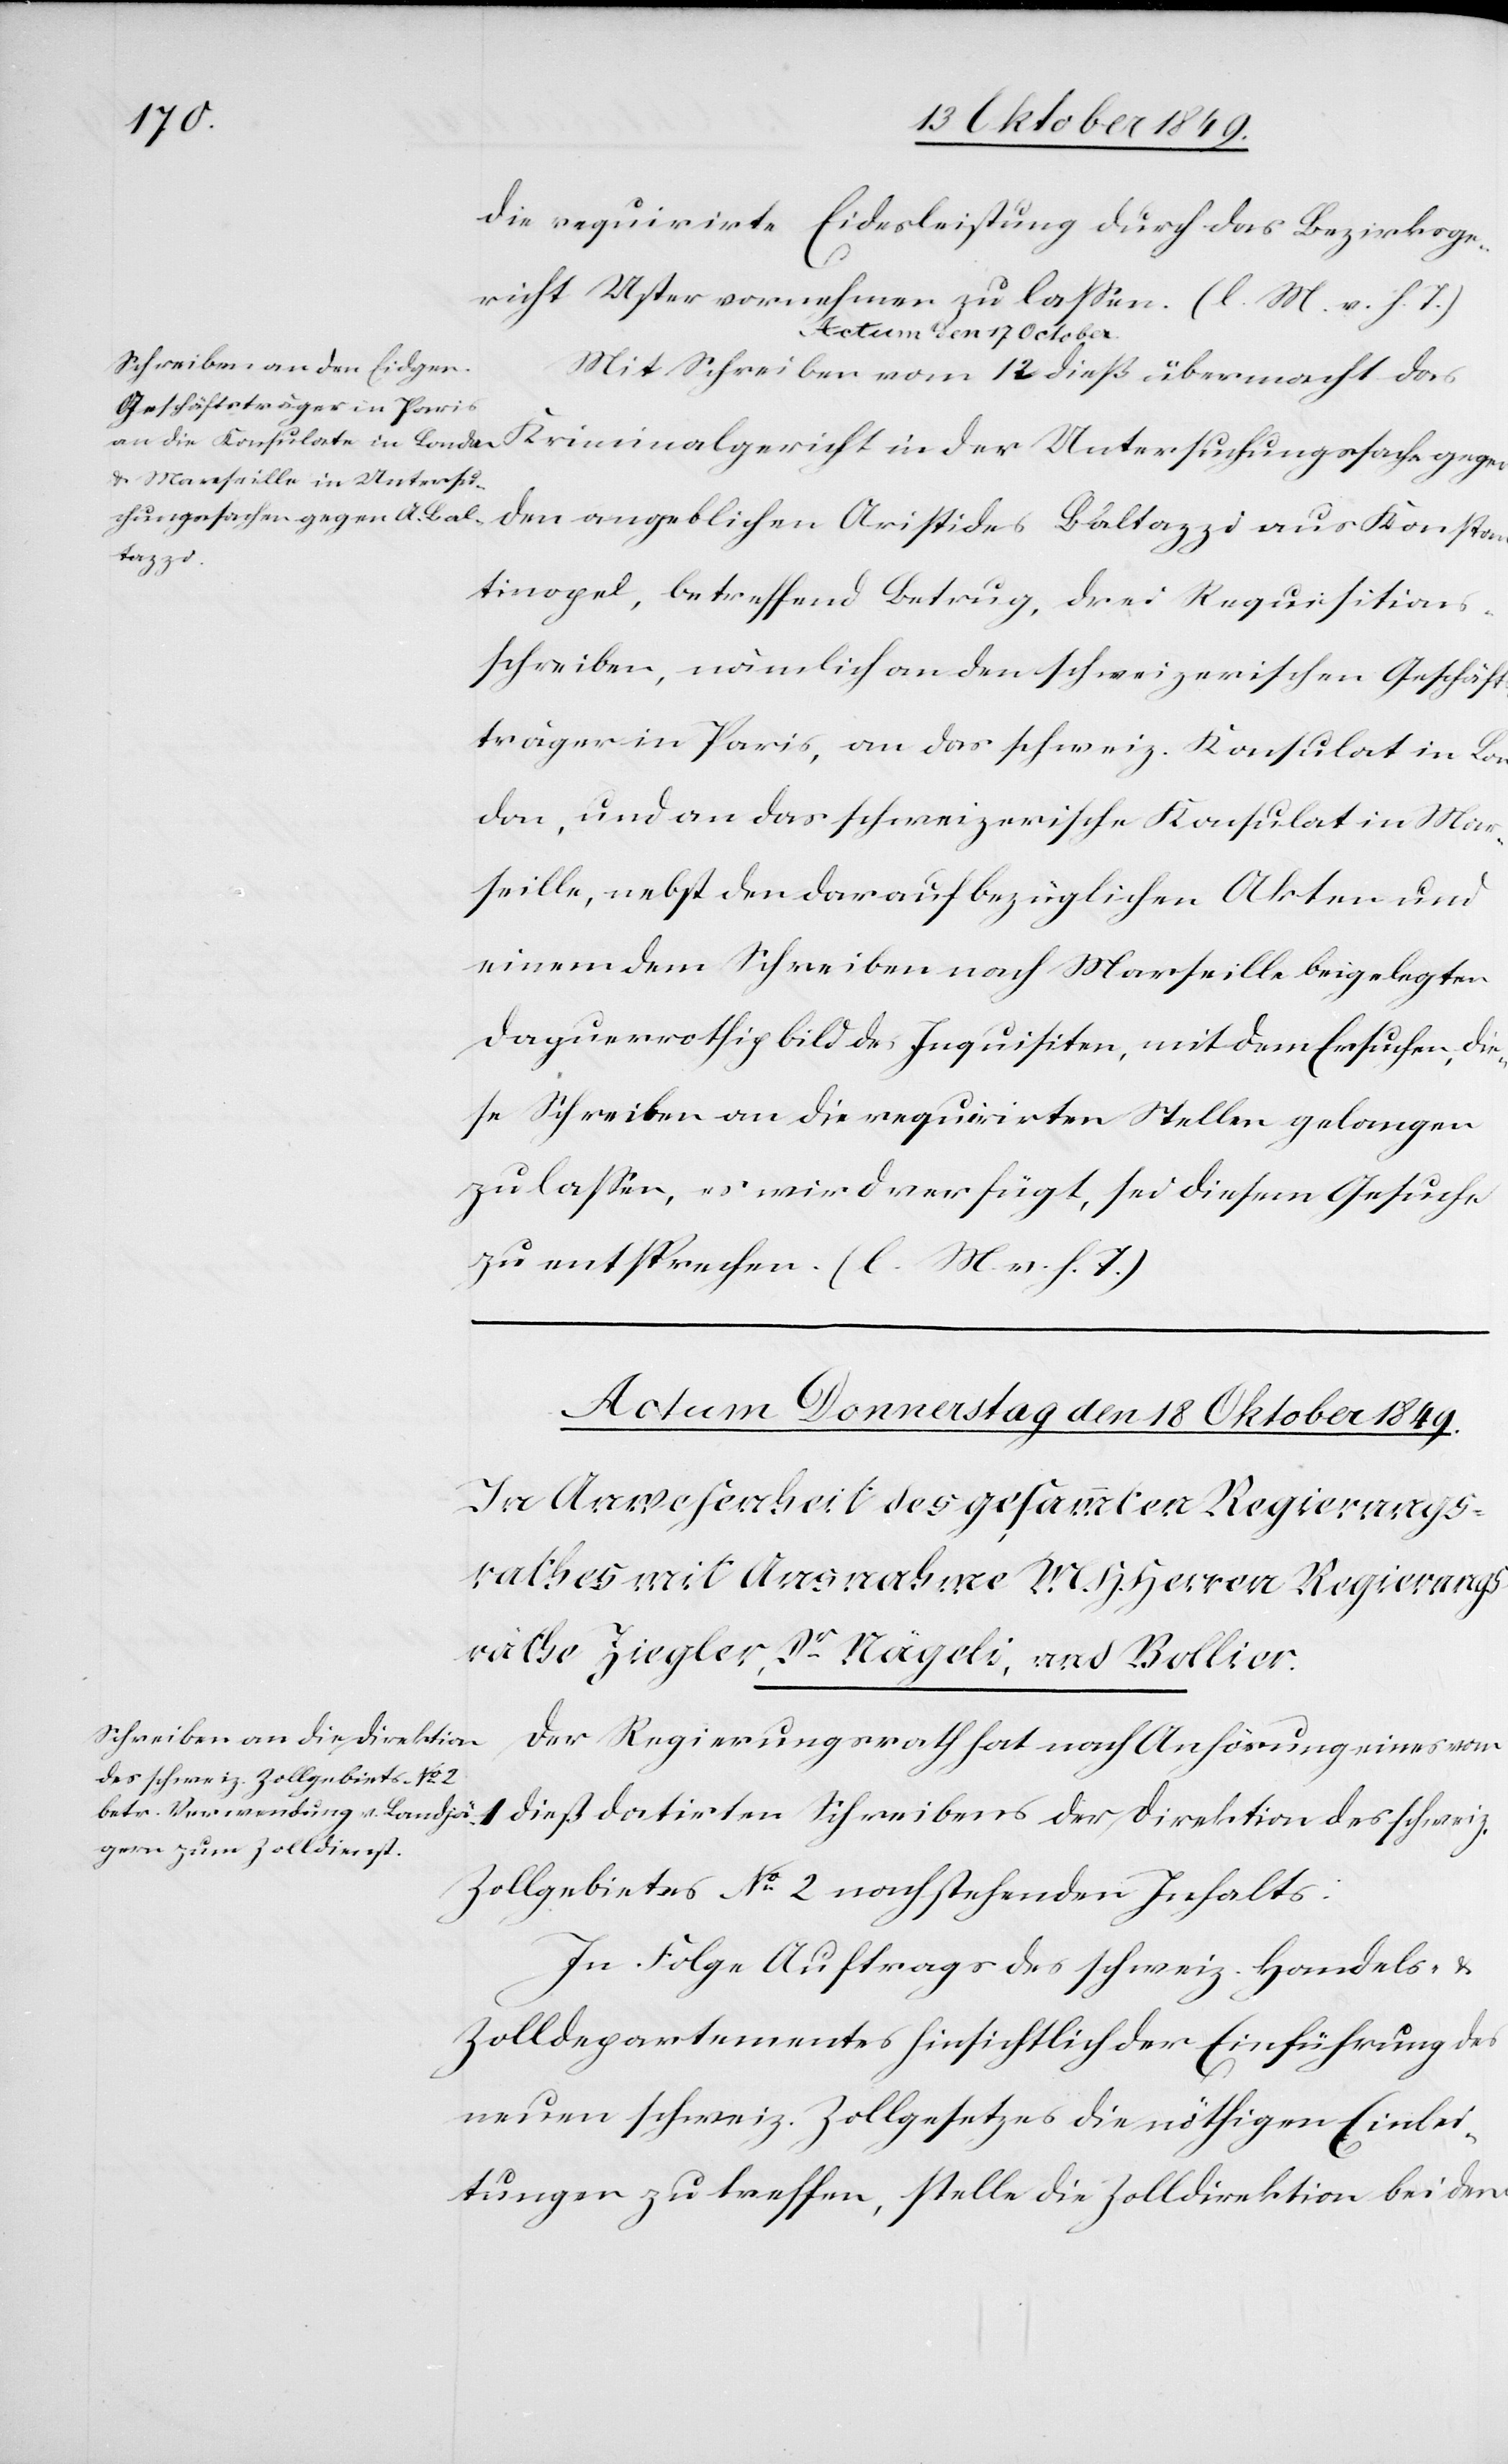
die requirirte Eidesleistung durch das Bezirksge¬
richt Uster vernehmen zu laßen. [l. M. v. h. T]
Actum den 17 October.
Mit Schreiben vom 12 dieß übermacht das
Kriminalgericht in der Untersuchungssache gegen
den angeblichen Aristides Baltazzi aus Konstan¬
tinopel, betreffend Betrug, drei Requisition¬
sschreiben, nämlich an den schweizerischen Geschäfts¬
träger in Paris, an das schweiz. Konsulat in Mar¬
seille, nebst den darauf bezüglichen Akten und
einem dem Schreiben nach Marseille beigelegten
Daguerrothigbild des Inquisiten, mit dem Ersuchen, die¬
se Schreiben an die requiriten Stellen gelangen
zu laßen, es wird verfügt, sei diesem Gesuche
zu entsprechen. [l. M. v. h. T]
Schreibens der Direktion
Der Regierungsrath hat nach Anhörung eines vom
Zollgebietes N° 2 nachstehenden Inhalts:
In Folge Auftrages des schweiz. Handels- u.
Zolldepartementes hinsichtlich der Einführung des
neuen schweiz. Zollgesetzes die nöthigen Einlei¬
tungen zu treffen, stelle die Zolldirektion bei dem